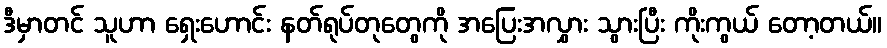
ဒီမှာတင် သူဟာ ရှေးဟောင်း နတ်ရုပ်တုတွေကို အပြေးအလွှား သွားပြီး ကိုးကွယ် တော့တယ်။